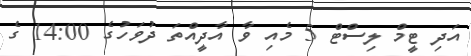
އަދި ޓީމް ލިސްޓް 5 މެއި ވާ އާދީއްތަ ދުވަހުގެ 14:00 ގެ